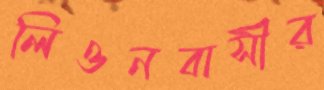
লিওনবাসীর